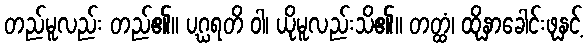
တည်မူလည်း တည်၏။ ပဂ္ဃရတိ ဝါ၊ ယိုမူလည်းသိ၏။ တတ္ထံ၊ ထိုနှာခေါင်းဖုနှင့်